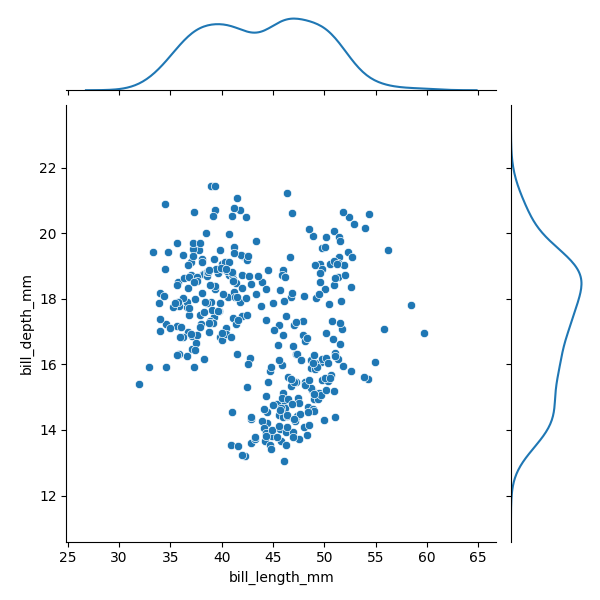
python, seaborn, JointGrid, scatterplot, kdeplot